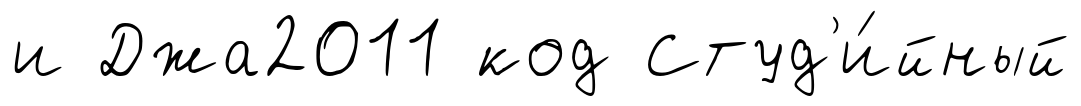
и Джа2011 код Студ'и́йный